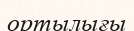
ортылығы